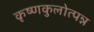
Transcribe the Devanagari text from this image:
कृष्णकुलोत्पन्न